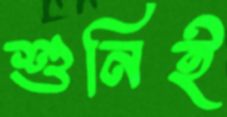
শুনিই